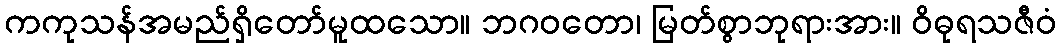
ကကုသန်အမည်ရှိတော်မူထသော။ ဘဂဝတော၊ မြတ်စွာဘုရားအား။ ဝိဓုရသဇီဝံ